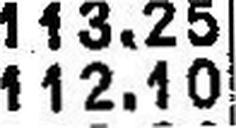
112.10